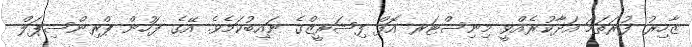
ޒާހިރު ފުރަތަމަ އަދާކުރެއްވީ މިނިސްޓަރ އޮފް ފިޝަރީޒްގެ ނައިބުކަމެވެ. އޭގެ ފަހުން ޕްރިންސިޕަލް